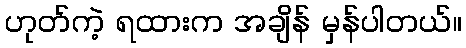
ဟုတ်ကဲ့ ရထားက အချိန် မှန်ပါတယ်။